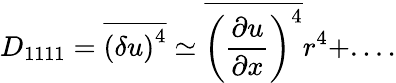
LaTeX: D_{1111}=\overline{{\left(\delta u\right)^{4}}}\simeq\overline{{\left(\frac{\partial u}{\partial x}\right)^{4}}}r^{4}+....